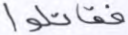
فقاتلوا